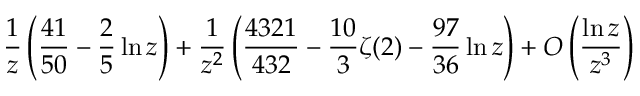
\frac { 1 } { z } \left( \frac { 4 1 } { 5 0 } - \frac { 2 } { 5 } \ln z \right) + \frac { 1 } { z ^ { 2 } } \left( \frac { 4 3 2 1 } { 4 3 2 } - \frac { 1 0 } { 3 } \zeta ( 2 ) - \frac { 9 7 } { 3 6 } \ln z \right) + { \cal O } \left( \frac { \ln z } { z ^ { 3 } } \right)